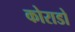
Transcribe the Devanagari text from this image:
कोराडो